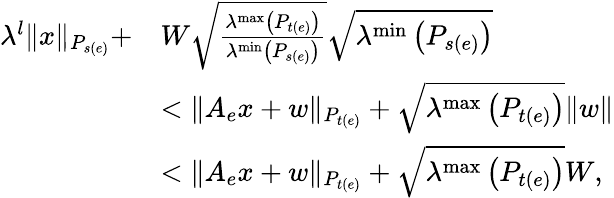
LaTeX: \begin{array}{rl}{\lambda^{l}\| x\| _{P_{s(e)}}+}&{W\sqrt{\frac{\lambda^{\operatorname*{max}}\left(P_{t(e)}\right)}{\lambda^{\operatorname*{min}}\left(P_{s(e)}\right)}}\sqrt{\lambda^{\operatorname*{min}}\left(P_{s(e)}\right)}}\\ &{<\| A_{e}x+w\| _{P_{t(e)}}+\sqrt{\lambda^{\operatorname*{max}}\left(P_{t(e)}\right)}\| w\| }\\ &{<\| A_{e}x+w\| _{P_{t(e)}}+\sqrt{\lambda^{\operatorname*{max}}\left(P_{t(e)}\right)}W,}\end{array}